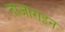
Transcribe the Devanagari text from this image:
ताजाराइन